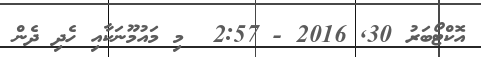
އޮކްޓޯބަރު 30